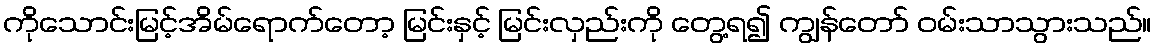
ကိုသောင်းမြင့်အိမ်ရောက်တော့ မြင်းနှင့် မြင်းလှည်းကို တွေ့ရ၍ ကျွန်တော် ဝမ်းသာသွားသည်။